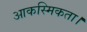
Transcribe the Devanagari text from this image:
आकस्मिकता।